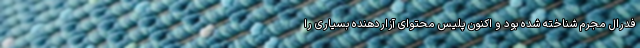
فدرال مجرم شناخته شده بود و اکنون پلیس محتوای آزاردهنده بسیاری را